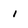
Character: 1